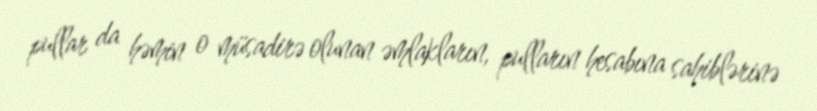
pullar da həmin o müsadirə olunan əmlakların, pulların hesabına sahiblərinə